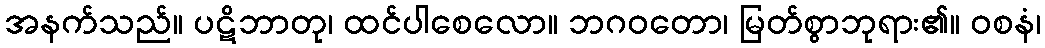
အနက်သည်။ ပဋိဘာတု၊ ထင်ပါစေလော။ ဘဂဝတော၊ မြတ်စွာဘုရား၏။ ဝစနံ၊